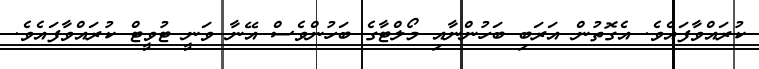
ކުރައްވާފައެވެ. އެގޮތުން އަރަބި ބަހުންނާއި މޯލްޓާގެ ބަހުންވެސް އޭނާ ވަނީ ޓުވީޓް ކުރައްވާފައެވެ.